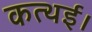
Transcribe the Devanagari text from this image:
कत्थई।